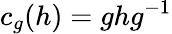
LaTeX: c_{g}(h)=ghg^{-1}